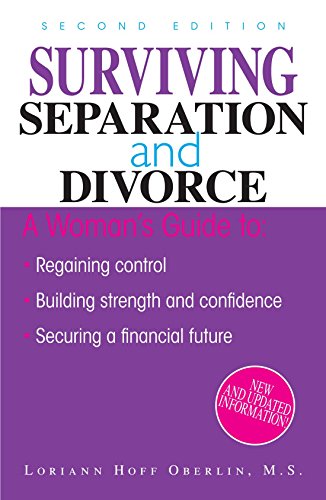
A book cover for Surviving Separation And Divorce; Loriann Hoff Oberlin; Law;